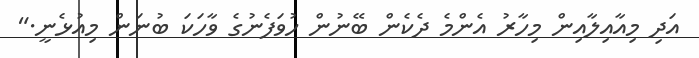
އަދި މިއާއިލާއިން މިހާރު އެންމެ ދެކެން ބޭނުން ހުވަފެނުގެ ވާހަކަ ބުނަން މިއުޅެނީ."